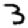
Digit: 3